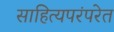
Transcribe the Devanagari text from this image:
साहित्यपरंपरेत